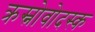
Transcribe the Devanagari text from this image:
क्रस्नोवोदस्क